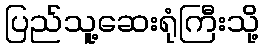
ပြည်သူ့ဆေးရုံကြီးသို့